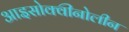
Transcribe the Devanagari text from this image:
आइसोक्वीनोलीन